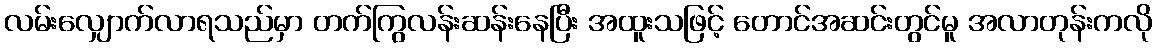
လမ်းလျှောက်လာရသည်မှာ တက်ကြွလန်းဆန်းနေပြီး အထူးသဖြင့် တောင်အဆင်းတွင်မူ အလာတုန်းကလို